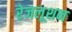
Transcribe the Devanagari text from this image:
रेजलूशन